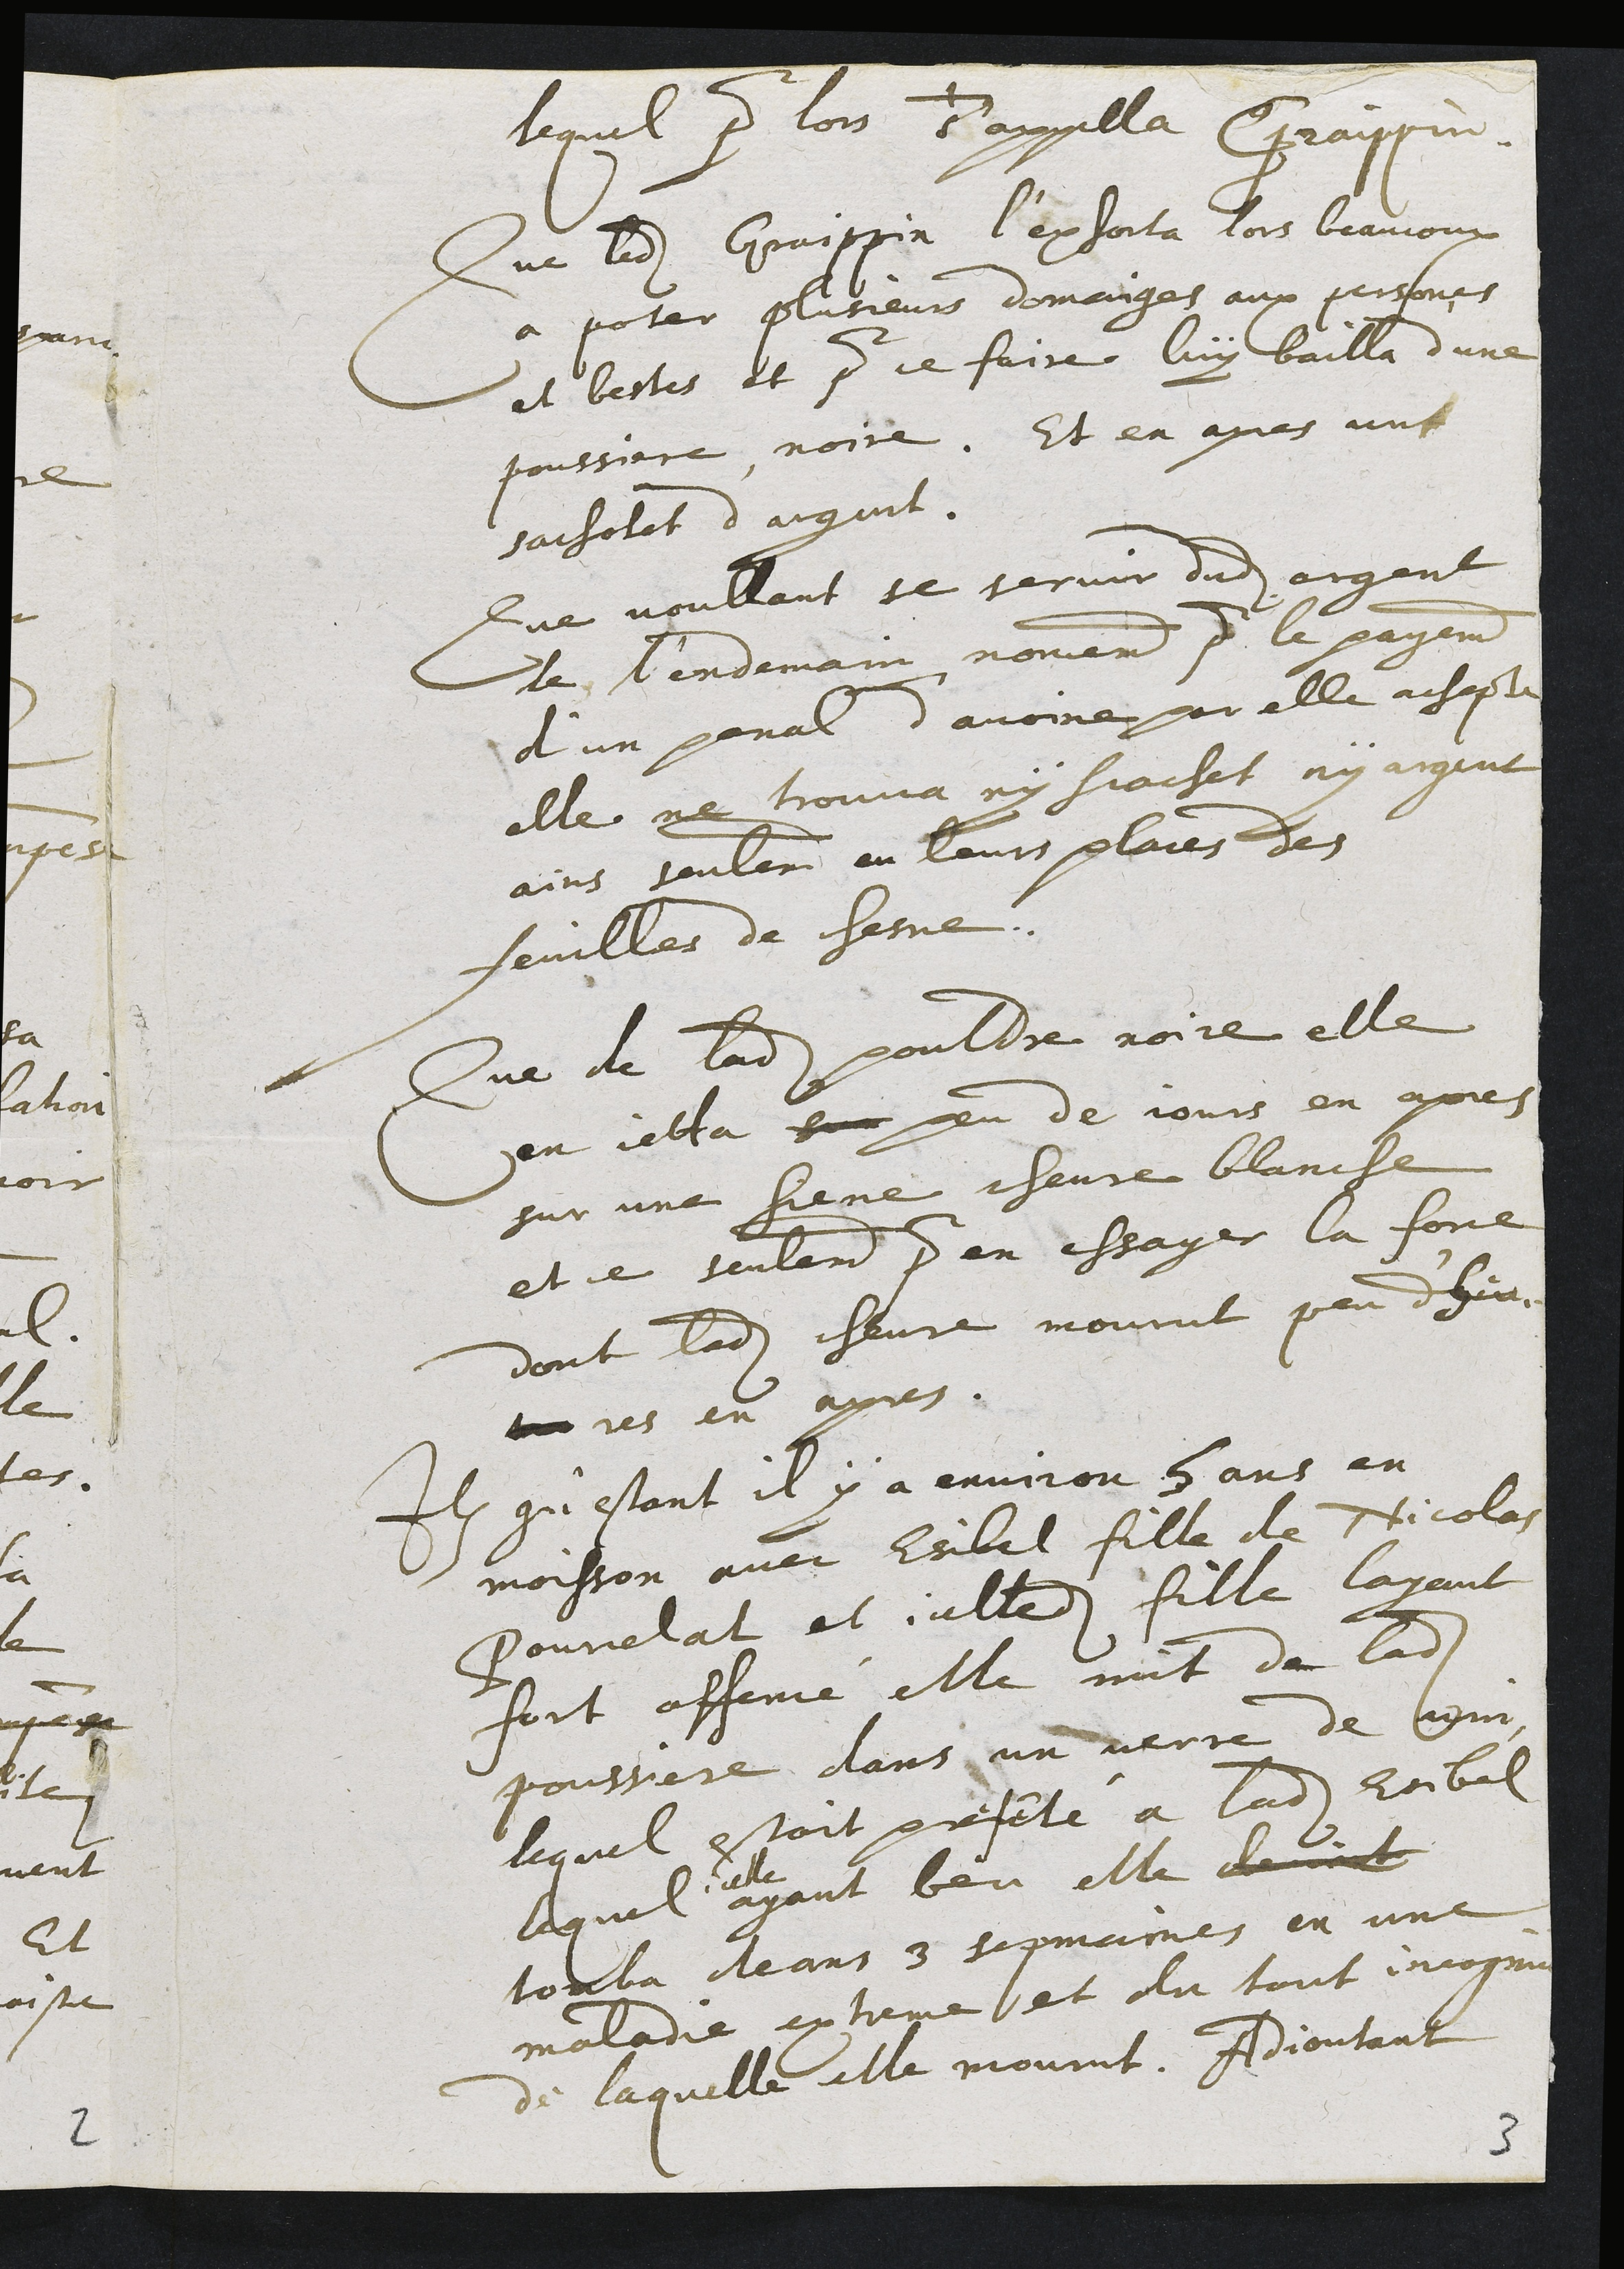
lequel pour lors dr'appella Craippin
Que ladit Graippin l'exhorta lors beaucoux
a poter plusieurs domanges aux persones
et bestes et pour ce faire luy bailla d'une
poussiere noire. Et en apres unt
gachotet d'argent
Lue voullant se sepvir dudit argent
de lendemain nomement pour le payement
d'un penal d'avoine par elle achepte
elle ne trouva ny scachet ny argent
ains seulement en leurs places des
feuilles de chesne.
Que de ladite pouldre noire elle
en cella sur peu de jours en apres
sur une biene chevre blancle
et ce seulement pour en essager la fonce
dont ladite chevre mourut peu dher
u res en apres.
Item qu'estant il y a environ 8 ans en
moisson avec Esibel fille de Nicolas
Pourclat et icelledite fille layant
fort affeme elle mit de ladite
poussiere dans un verre de vont
lequel estoit presete a ladite Esibel
lequel
celle
ayant beu elle devot
tomba deans 3 sepmaines en une
maladie extreme et du tout incognu
de laquelle elle mourut. Adjoutant